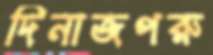
দিনাজপরু